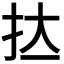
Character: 𭠑